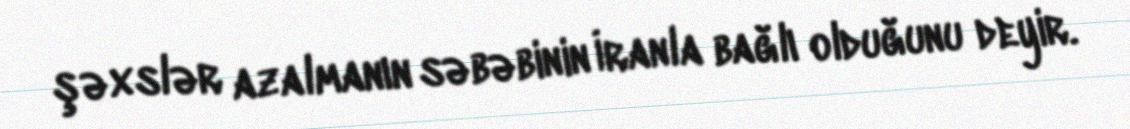
şəxslər azalmanın səbəbinin İranla bağlı olduğunu deyir.